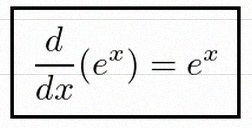
\frac{d}{dx}(e^x)=e^x